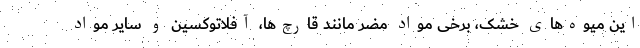
این میوه‌های خشک، برخی مواد مضر مانند قارچ‌ها، آفلاتوکسین و سایر مواد